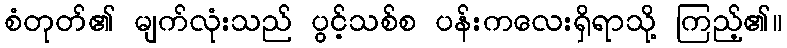
စံတုတ်၏ မျက်လုံးသည် ပွင့်သစ်စ ပန်းကလေးရှိရာသို့ ကြည့်၏။